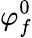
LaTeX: \varphi_{f}^{0}